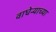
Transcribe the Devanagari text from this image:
वाघेऱ्याच्या